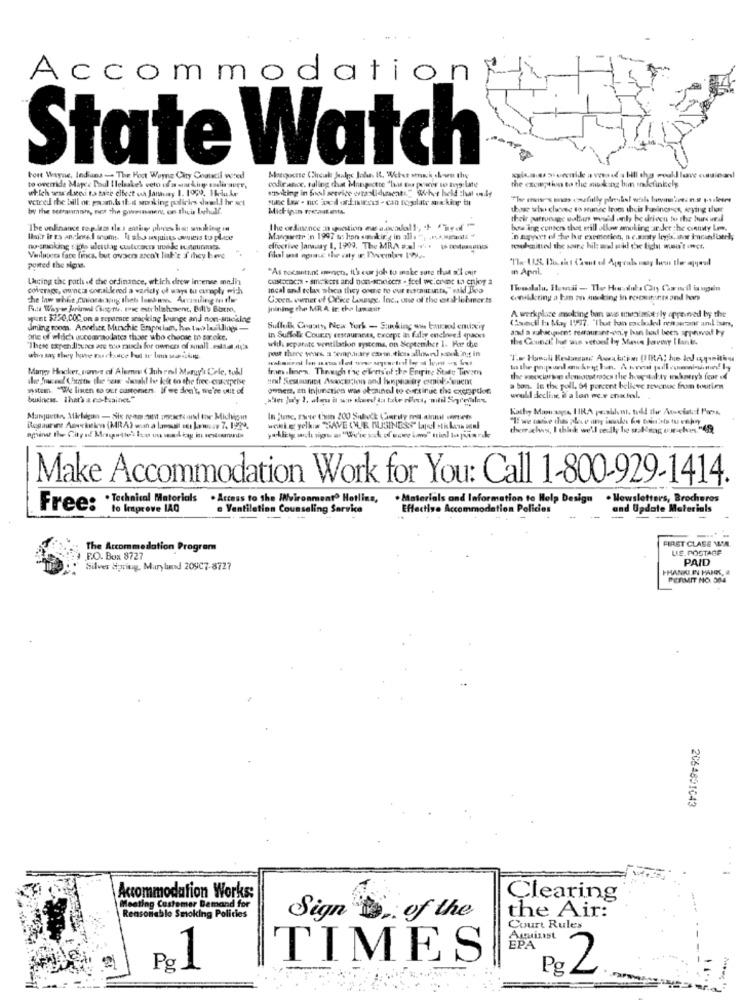
Accommodation
State Watch
to override Mapes Paul Ileleskel veto of a asking esdir aure,
Fort Wayne, Indians - The Hoot Wayne City Council wred
the cscmotivo to the making bom indefinkely
which ww dies ta tate elfest uh Jamaisy 1. 1050. Heike
codin ance, falling cha Mangectte "las Ene power to igg late
"miking in food service (tasticseats." Woher held :huit inky
vetred the bill of. paczm.ds theet sonking policies simili hr sct
by the semanmah, nos the pweinnen, on theis Lohudf.
Mich inin tretaat enta.
those who choose to suanec from theis hedincases, wrying thor
their patronage outuns weseld only be driven to the bours w.l
The ooFinance repisas tle s estiver ples hes sousking in
The ordinance in postion es ascol 1, 4+ "Teof"
bow ang center that erill allow smoking ar Jer the city Lmm.
Hair ir es anclewe.I moms, la sha usjuines wwwwis to place
Mancaweer in 1997 as hon smoking in alis", , manada"
.nagyet ef he he exemotion, se.sonty legis, ahar Inonline,
no-smoking : glo alastag quilucances while it gourmets.
effective Janaway 1, 1909, The MRA a:al -45 . 16 Deduasns
mulmittel the sure hil: ad rid dre lich won't onct.
Villagers face links, but owens aren't lak's if they have
ported the signs.
"As tocautant mench, il's cur joh to make sure that a'l our
in April.
Lacing the path of the ordinance, which drew incense meli
cus-Dc3 . sinckers and non-snickers - feel w.crunt to enjoy a
coverage, ouncas coralkood a variety of ways to czreply wich
local and tels whco they onme too our eurtaur inte," said Boa
The law while fiosacapng theh lostwe. Arcasiling ta ther
Coxen. warner of Office Lineage, Inc ., une of the estat lubmer ts
considering a tan on making in roomsiones and bor
Fast Waywe Jarimal Cing ru, psc estr blishment, Bill's Bistro,
joining the MR A Ir. chp lawasit
hunt $250,00C. on a separate sacking lounge and non-anieking
A werkplice moking ban aus undalmost Fly appauved by the
Council I May 1997. "That lon excloaked restaurant anıl baars,
dming room. Another Munchie Enpoian, he two lellingi-
Suffolk County, New York - Sanking ww bauced emixxiy
one of which accommodates thane who choose to soroke.
in Suffolk Courzy restaurants, except in falby enclosed spaces
wid. separate ventilation systems, on September 1. Por che
These expen dlaunes are eco rausch for owners of small .estas,du's
post there work a temporary carin. stiens allownel ssonking! in
Mangy Hacker, vunnet of Alemas ( Juh omil Maruy's Cole, toll
fre .linrw. Thewich t're ellerts'of the Empire State Tevzen
wastem "We listen to our customers. If we don't, we're out of
owners, zn injunction was okzainal to continue the exgarden
a bon, Is the poll, 54 porcent believe revenue from tourism
business. That's a co-trainer."
well decline, il a lon øc.r cnatal.
Rosaurant Asection (MRA) om a laresult set kowesy 7, 19?".
Make Accommodation Work for You: Call 1-800-929-1414.
. Materials and Information to Help Design . Newsletters, Brochures
Free: . Technical Materials . Access to the WNvironment? Hotline,
to Improve LAG
e Ventilation Counseling Service
Effective Accor
tion Policies
and Update Materials
FIRST CLASE WLAN
The Accommodation Program
LIE. POSTAGE
F.O. Box 8727
PAID
Silver Spring, Maryland 209C7-8727
PERMIT NO. 504
2064801043
Accommodation Works:
Clearing
Meeting Customer Demand for
the Air:
Reasonable Smoking Policies
Sign . of the
Court Rules
Amuinast
EPA
Po
TIMES
Pg
2